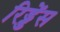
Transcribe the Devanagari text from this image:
रिड्डेंस